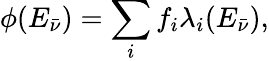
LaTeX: \phi(E_{\bar{\nu}})=\sum_{i}f_{i}\lambda_{i}(E_{\bar{\nu}}),